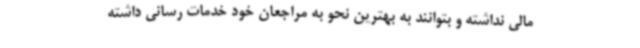
مالی نداشته و بتوانند به بهترین نحو به مراجعان خود خدمات رسانی داشته